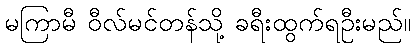
မကြာမီ ဝီလ်မင်တန်သို့ ခရီးထွက်ရဦးမည်။